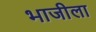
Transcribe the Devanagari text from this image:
भाजीला